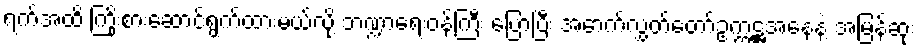
ရက်အထိ ကြိုးစားဆောင်ရွက်ထားမယ်လို့ ဘဏ္ဍာရေးဝန်ကြီး ပြောပြီး အောက်လွှတ်တော်ဥက္ကဋ္ဌအနေနဲ့ အမြန်ဆုံး